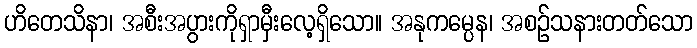
ဟိတေသိနာ၊ အစီးအပွားကိုရှာမှီးလေ့ရှိသော။ အနုကမ္ပေန၊ အစဉ်သနားတတ်သော